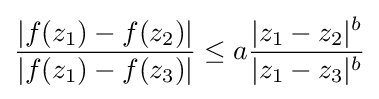
{|f(z_{1})-f(z_{2})| \over |f(z_{1})-f(z_{3})|}\leq a{|z_{1}-z_{2}|^{b} \over |z_{1}-z_{3}|^{b}}